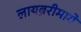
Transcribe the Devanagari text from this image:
लायब्ररीमागे